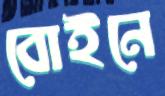
বোইনে